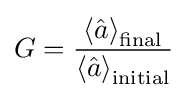
G={\frac {\left\langle {\hat {a}}\right\rangle _{\rm {final}}}{\left\langle {\hat {a}}\right\rangle _{\rm {initial}}}}